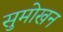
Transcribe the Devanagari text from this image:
सुमोखन